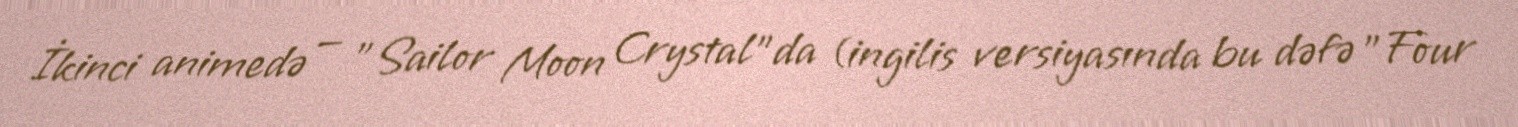
İkinci animedə — "Sailor Moon Crystal"da (ingilis versiyasında bu dəfə "Four